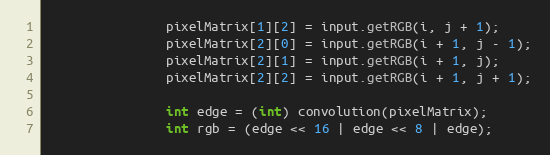
Language: Java
                pixelMatrix[1][2] = input.getRGB(i, j + 1);
                pixelMatrix[2][0] = input.getRGB(i + 1, j - 1);
                pixelMatrix[2][1] = input.getRGB(i + 1, j);
                pixelMatrix[2][2] = input.getRGB(i + 1, j + 1);

                int edge = (int) convolution(pixelMatrix);
                int rgb = (edge << 16 | edge << 8 | edge);